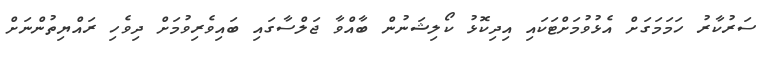
ސަރުކާރު ހަމަމަަގަށް އެޅުވުމަށްޓަކައި އިދިކޮޅު ކޯލިޝަނުން ބާއްވާ ޖަލްސާގައި ބައިވެރިވުމަށް ދިވެހި ރައްޔިތުންނަށް